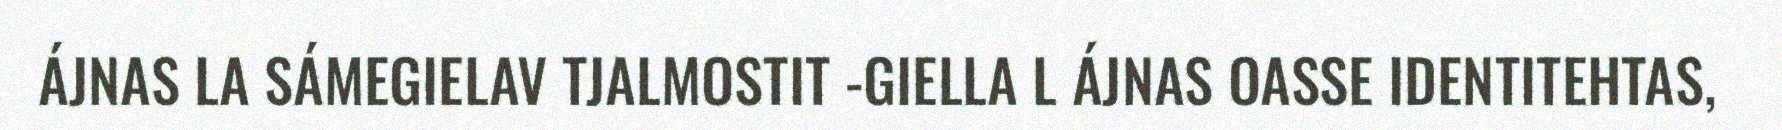
ÁJNAS LA SÁMEGIELAV TJALMOSTIT -GIELLA L ÁJNAS OASSE IDENTITEHTAS,